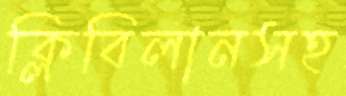
ক্লিবিলানসহ